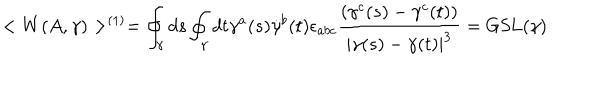
< W ( A , \gamma ) > ^ { ( 1 ) } = \oint _ { \gamma } d s \oint _ { \gamma } d t \dot { \gamma } ^ { a } ( s ) \dot { \gamma } ^ { b } ( t ) \epsilon _ { a b c } { \frac { ( \gamma ^ { c } ( s ) - \gamma ^ { c } ( t ) ) } { | \gamma ( s ) - \gamma ( t ) | ^ { 3 } } } = \mathrm { G S L } ( \gamma )